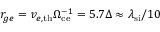
r _ { g e } = v _ { e , \mathrm { { t h } } } \Omega _ { \mathrm { c e } } ^ { - 1 } = 5 . 7 \Delta \approx \lambda _ { \mathrm { s i } } / 1 0